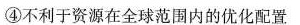
④不利于资源在全球范围内的优化配置